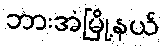
ဘားအံမြို့နယ်